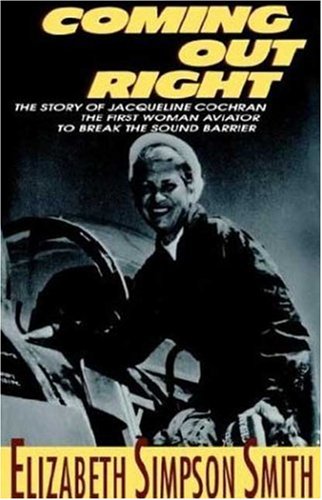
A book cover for Coming Out Right: The Story of Jacqueline Cochran, the First Woman Aviator to Break the Sound Barrier; Elizabeth Simpson Smith; Teen & Young Adult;